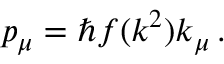
p _ { \mu } = \hbar f ( k ^ { 2 } ) k _ { \mu } \, .